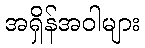
အရှိန်အဝါများ